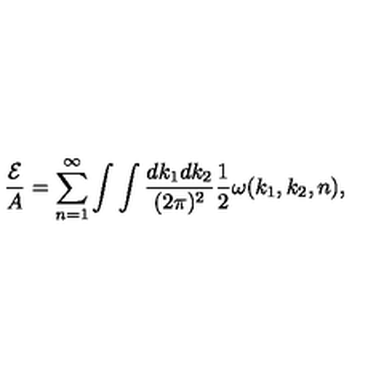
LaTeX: { \frac { \cal E } { A } } = \sum _ { n = 1 } ^ { \infty } \int \int { \frac { d k _ { 1 } d k _ { 2 } } { ( 2 \pi ) ^ { 2 } } } { \frac { 1 } { 2 } } \omega ( k _ { 1 } , k _ { 2 } , n ) ,